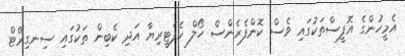
އެމީހުންގެ އޮފީސްތަކުގައި ވެސް ކޮންފެރެންސް ހޯލް ކެފެޓީރިޔާ އަދި ކެބިން ތަކުގައި ސިނގިރޭޓް